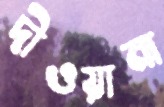
দীওয়ানা